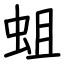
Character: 蛆